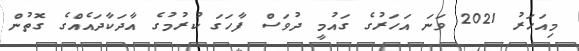
މިއަހަރު 2021 ވަނަ އަހަރުގެ ގައުމީ ދުވަސް ފާހަގަ ކުރުމުގެ އާދަކާދައެއްގެ ގޮތުން